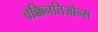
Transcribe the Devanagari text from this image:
वक्किनतिओन्स